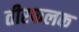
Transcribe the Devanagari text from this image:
तीरफलक